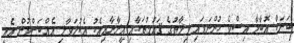
ބަރަކް އޮބާމާ އިސްވެ ހުންނަވައި ވިލާތުގެ ޤައުމުތަކާއި އީރާނާއިއެކު އެކުލަވާލި އެއްބަސްވުން އެއީ